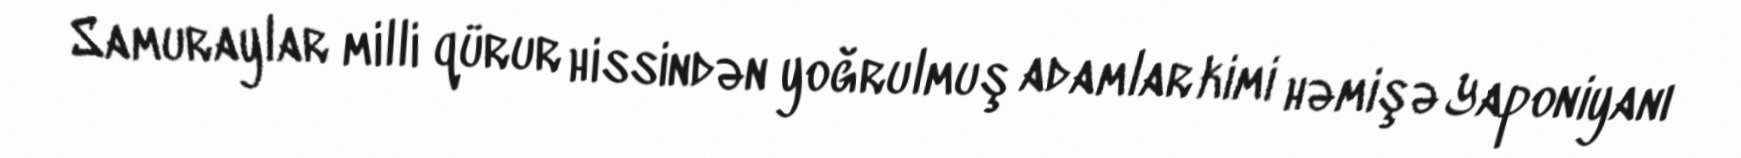
Samuraylar milli qürur hissindən yoğrulmuş adamlar kimi həmişə Yaponiyanı